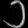
Digit: ၁